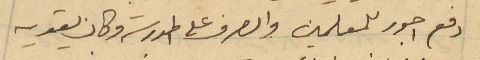
دفع اجور للمعلمين والصرف على المدرسة وكان يقويه